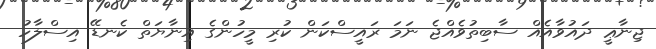
ޖިނާޢީ ދައުވާއެއް ސާބިތުވެއްޖެ ނަމަ ރައީސްކަން ކުރި މީހުންގެ އިނާޔަތް ކެނޑޭ އިސްލާހު